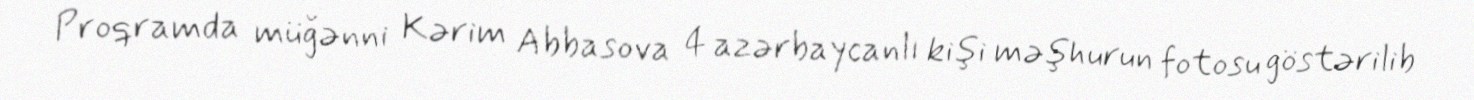
Proqramda müğənni Kərim Abbasova 4 azərbaycanlı kişi məşhurun fotosu göstərilib